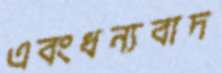
এবংধন্যবাদ